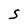
Character: S